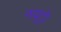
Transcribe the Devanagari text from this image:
नयूट्रो